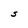
Character: S